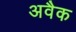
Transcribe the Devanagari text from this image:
अवैक